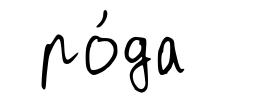
ро́да